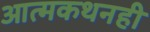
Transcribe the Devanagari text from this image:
आत्मकथनही